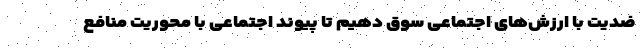
ضدیت با ارزش‌های اجتماعی سوق دهیم تا پیوند اجتماعی با محوریت منافع